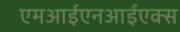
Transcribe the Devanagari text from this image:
एमआईएनआईएक्स